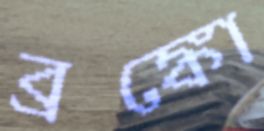
ব্রঙ্কো